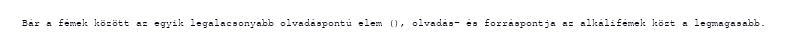
Bár a fémek között az egyik legalacsonyabb olvadáspontú elem (), olvadás- és forráspontja az alkálifémek közt a legmagasabb.